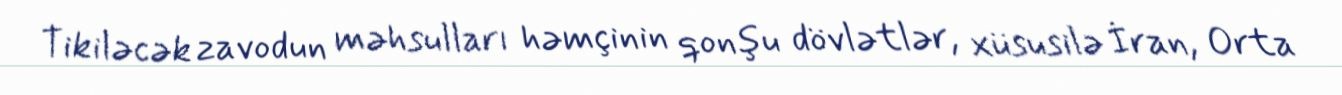
Tikiləcək zavodun məhsulları həmçinin qonşu dövlətlər, xüsusilə İran, Orta